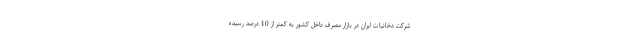
شرکت دخانیات ایران در بازار مصرف داخل کشور به کمتر از 10 درصد رسیده